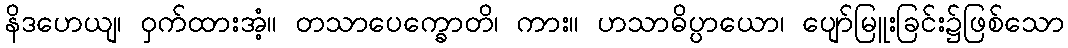
နိဒဟေယျ၊ ဝှက်ထားအံ့။ တသာပေက္ခောတိ၊ ကား။ ဟသာဓိပ္ပာယော၊ ပျော်မြူးခြင်း၌ဖြစ်သော